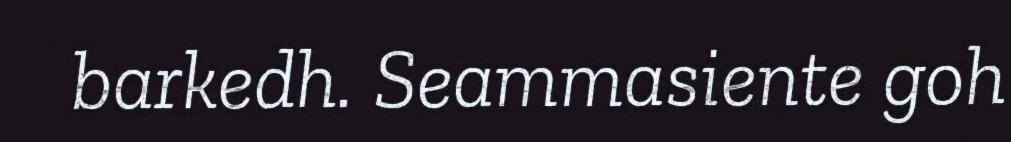
barkedh. Seammasiente goh